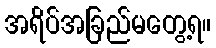
အရိပ်အခြည်မတွေ့ရ။